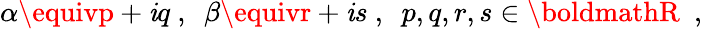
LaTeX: \alpha\equivp+\mathit{i}q~,~~\beta\equivr+\mathit{i}s~,~~p,q,r,s\in{\boldmathR}~~,